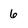
Character: 6